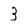
Character: 3